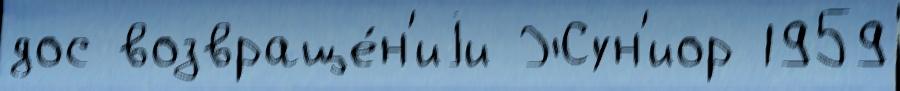
дос возвраще́н'иjи Жун'иор 1959